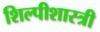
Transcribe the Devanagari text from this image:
शिल्पीशास्त्री